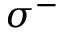
\sigma ^ { - }